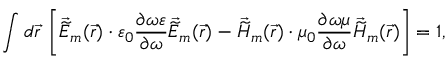
\int d \vec { r } \: \left[ \vec { \widetilde { E } } _ { m } ( \vec { r } ) \cdot \varepsilon _ { 0 } \frac { \partial \omega \varepsilon } { \partial \omega } \vec { \widetilde { E } } _ { m } ( \vec { r } ) - \vec { \widetilde { H } } _ { m } ( \vec { r } ) \cdot \mu _ { 0 } \frac { \partial \omega \mu } { \partial \omega } \vec { \widetilde { H } } _ { m } ( \vec { r } ) \right] = 1 ,